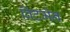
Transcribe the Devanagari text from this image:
विटमेन